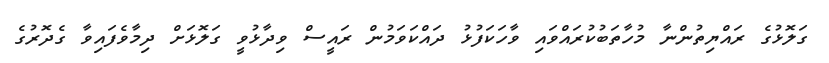
ގަލޮޅުގެ ރައްޔިތުންނާ މުހާތަބުކުރައްވައި ވާހަކަފުޅު ދައްކަވަމުން ރައީސް ވިދާޅުވީ ގަލޮޅަށް ދިމާވެފައިވާ ގެދޮރުގެ